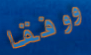
ووفقا